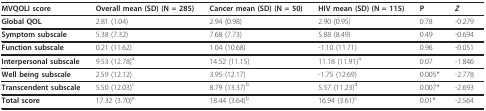
<table><thead><tr><td><b>MVQOLI score</b></td><td><b>Overall mean (SD) (N = 285)</b></td><td><b>Cancer mean (SD) (N = 50)</b></td><td><b>HIV mean (SD) (N = 115)</b></td><td><b>P</b></td><td><b><i>Z</i></b></td></tr></thead><tbody><tr><td><b>Global QOL</b></td><td>2.81 (1.04)</td><td>2.94 (0.98)</td><td>2.90 (0.95)</td><td>0.78</td><td>-0.279</td></tr><tr><td><b>Symptom subscale</b></td><td>5.38 (7.32)</td><td>7.68 (7.73)</td><td>5.88 (8.49)</td><td>0.49</td><td>-0.694</td></tr><tr><td><b>Function subscale</b></td><td>0.21 (11.62)</td><td>1.04 (10.68)</td><td>-1.10 (11.71)</td><td>0.96</td><td>-0.051</td></tr><tr><td><b>Interpersonal subscale</b></td><td>9.53 (12.78)<sup>a</sup></td><td>14.52 (11.15)</td><td>11.18 (11.91) <sup>a</sup></td><td>0.07</td><td>-1.846</td></tr><tr><td><b>Well being subscale</b></td><td>2.59 (12.12)</td><td>3.95 (12.17)</td><td>-1.75 (12.69)</td><td>0.005*</td><td>-2.778</td></tr><tr><td><b>Transcendent subscale</b></td><td>5.50 (12.03) <sup>c</sup></td><td>8.79 (13.37) <sup>b</sup></td><td>5.57 (11.23) <sup>d</sup></td><td>0.007*</td><td>-2.693</td></tr><tr><td><b>Total score</b></td><td>17.32 (3.70) <sup>e</sup></td><td>18.44 (3.64) <sup>b</sup></td><td>16.94 (3.61) <sup>c</sup></td><td>0.01*</td><td>-2.564</td></tr></tbody></table>